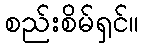
စည်းစိမ်ရှင်။